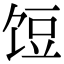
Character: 饾